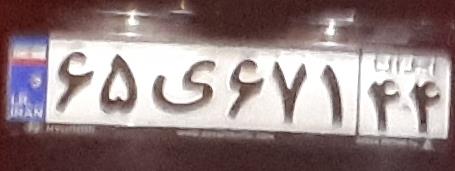
۶۵ی۶۷۱۴۴